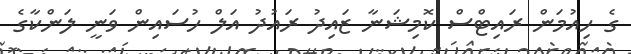
ގެ ހިއުމަން ރައިޓްސް ކޮމިޝަނާ ޒައިދު ރައުދު އަލް ހުސައިން ވަނީ ލަންކާގެ